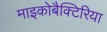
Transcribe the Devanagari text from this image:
माइकोबैक्टिरिया